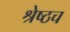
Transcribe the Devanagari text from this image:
श्रेष्ठच